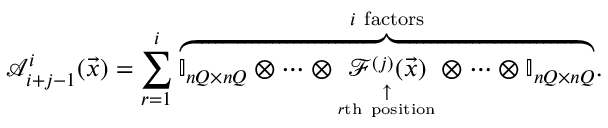
\mathcal A _ { i + j - 1 } ^ { i } ( \vec { x } ) = \sum _ { r = 1 } ^ { i } \overset { i \mathrm { ~ f a c t o r s } } { \overbrace { \ensuremath { \mathbb { I } _ { n Q \times n Q } } \otimes \cdots \otimes \underset { \underset { r \mathrm { t h ~ p o s i t i o n } } { \uparrow } } { \mathcal F ^ { ( j ) } ( \vec { x } ) } \otimes \cdots \otimes \ensuremath { \mathbb { I } _ { n Q \times n Q } } } } .